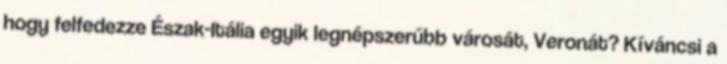
hogy felfedezze Észak-Itália egyik legnépszerűbb városát, Veronát? Kíváncsi a